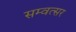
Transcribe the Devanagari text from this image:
सम्वत्सर